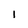
Character: 1